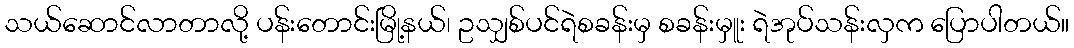
သယ်ဆောင်လာတာလို့ ပန်းတောင်းမြို့နယ်၊ ဥသျှစ်ပင်ရဲစခန်းမှ စခန်းမှူး ရဲအုပ်သန်းလှက ပြောပါတယ်။